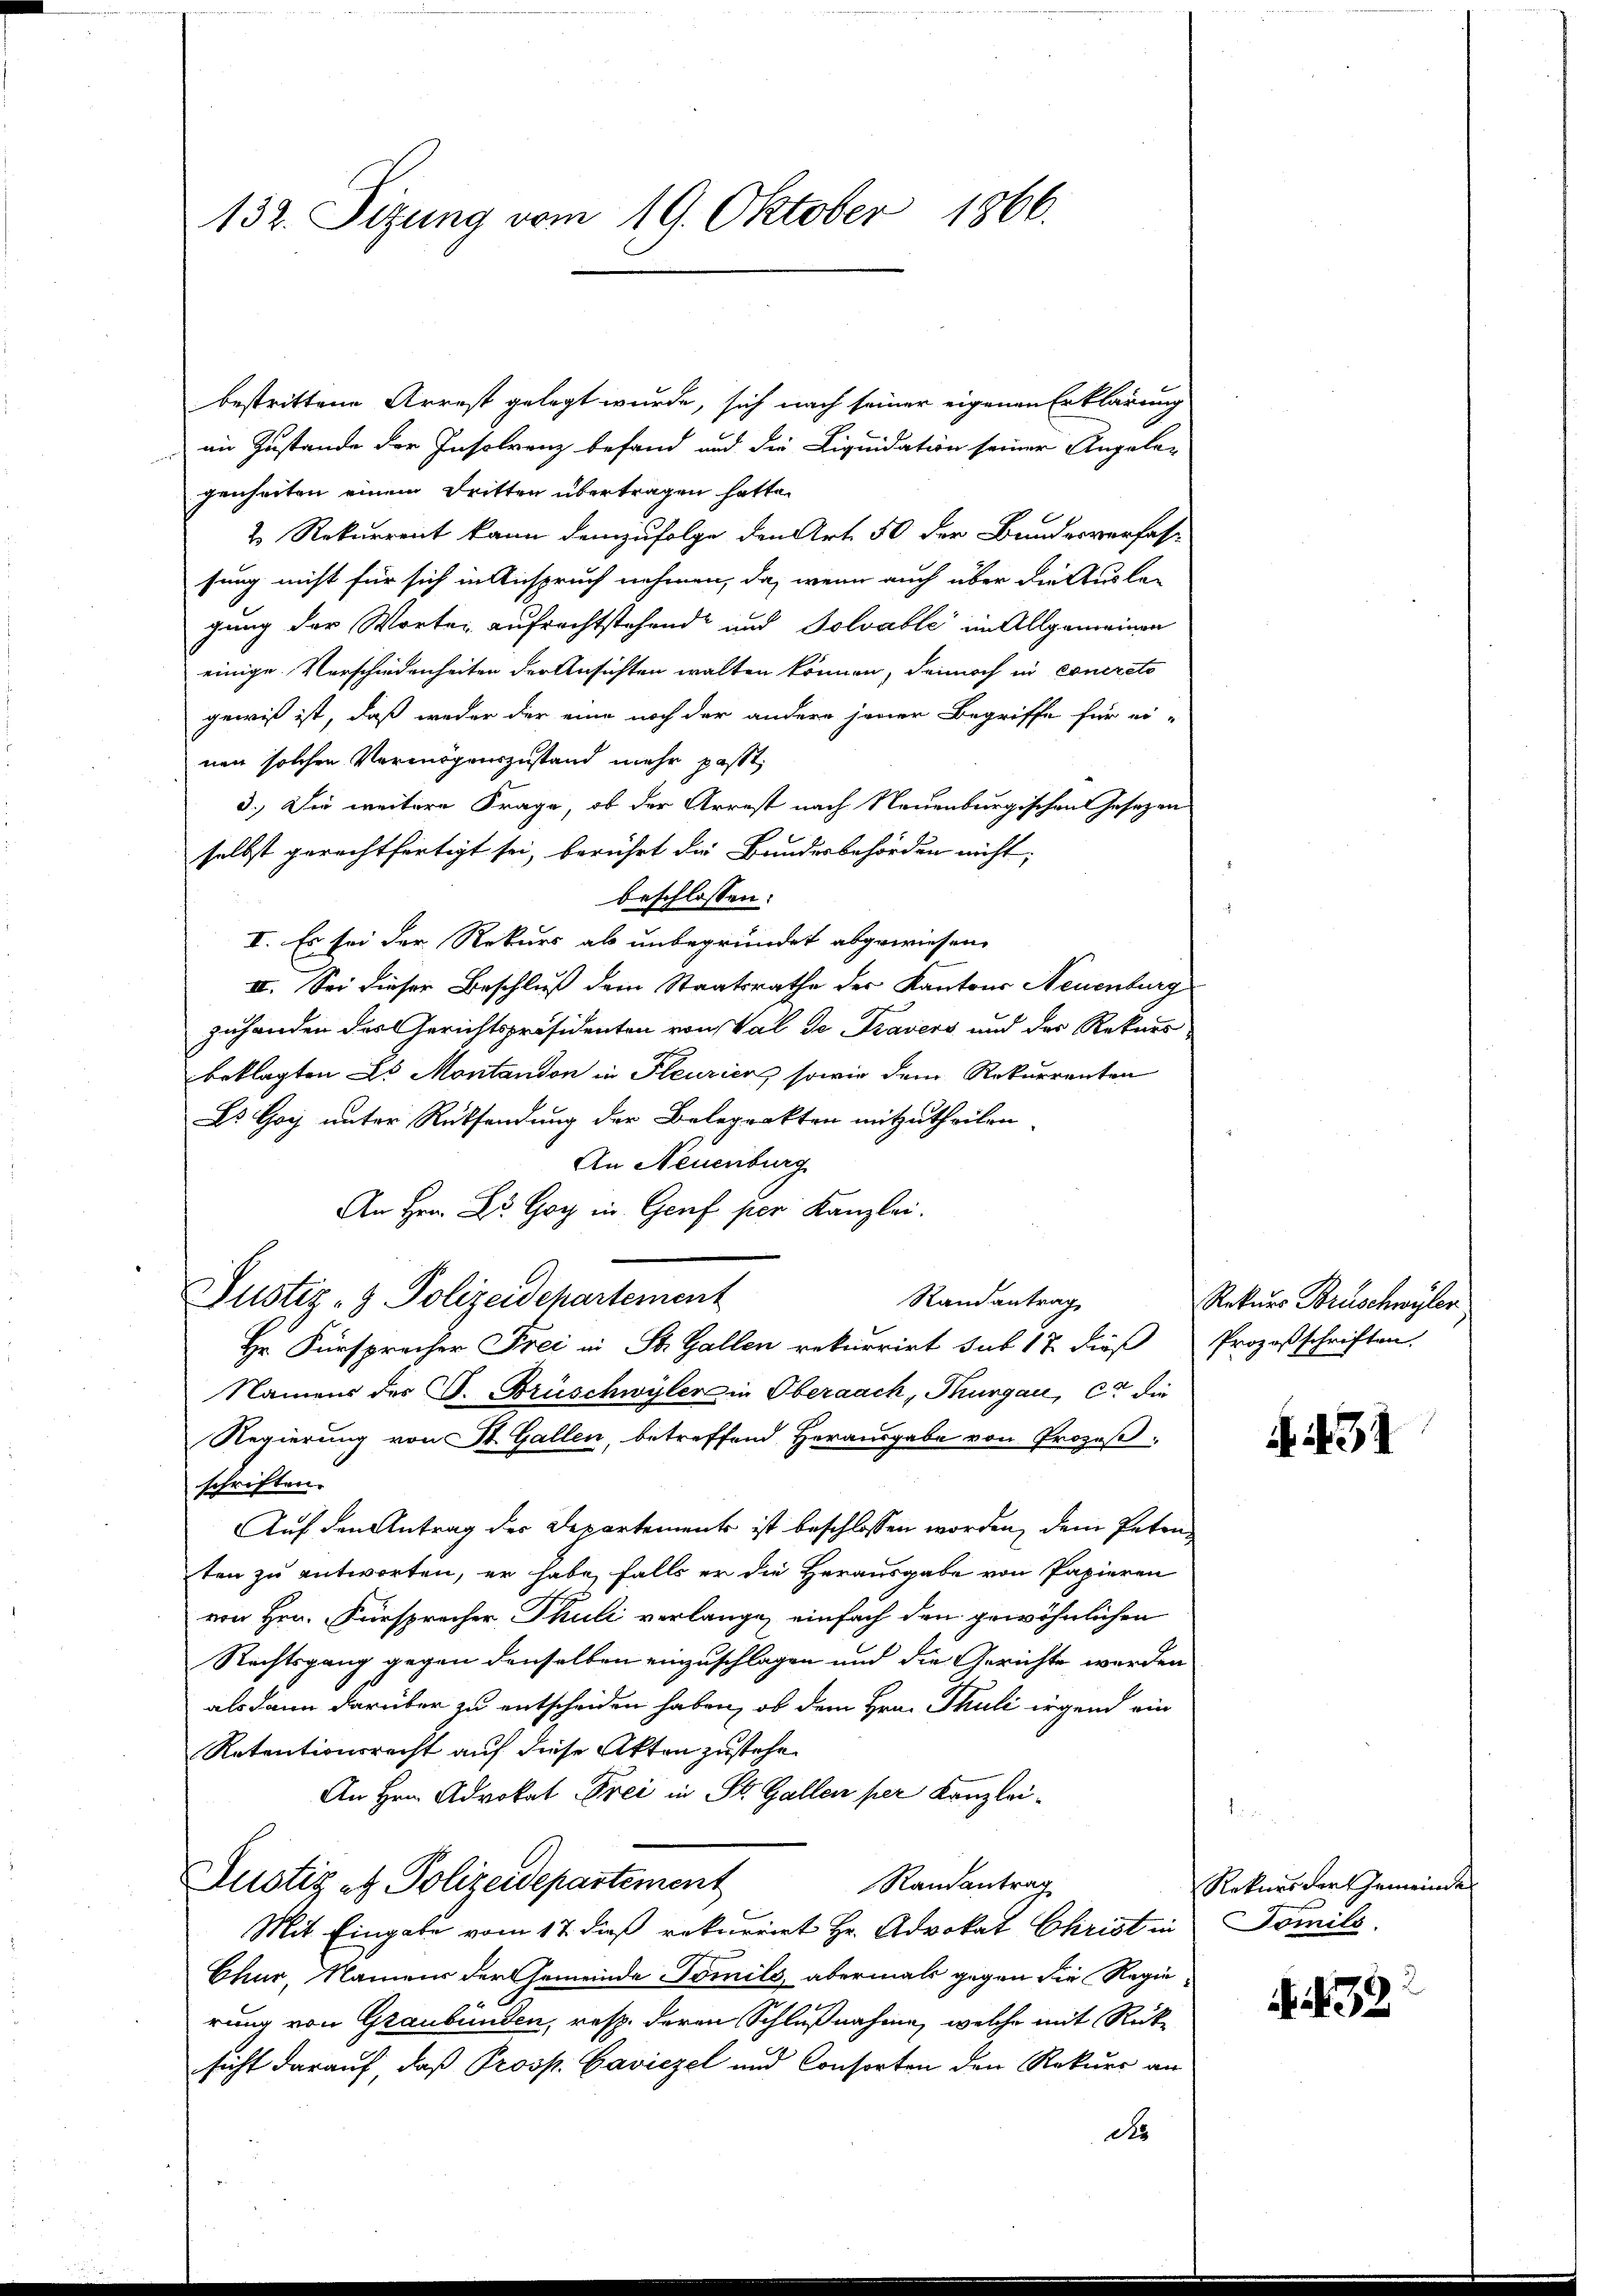
132. Sizung vom 19. Oktober 1866.

bestrittene Arrest gelegt wurde, sich nach seiner eigenen Erklärung
in Zustande der Insolrenz befand und die Liquidation seiner Angela-
genheiten einem Dritten übertragen hatte.
2 Rekurrent kann demzufolge den Art. 50 der Bundesverfas-
sung nicht für sich in Anspruch nehmen, da, wenn auch über die Ausla-
gung der Worter aufrechtstehende und Solvable im Allgemeinen
einige Vorschiedenheiten der Ansichten walten können, dennoch in concreto
gewiß ist, daß weder der eine noch der andere jener Begriffe für ei-
nen solchen Vermögenszustand mehr passt,
3.) Die weitere Frage, ob der Arrest nach Neuenburgischen Gesezen
selbst gerechtfertigt sei, berührt die Bundesbehörden nicht,
beschlossen:
I. Es sei der Rekurs ab unbegründet abgewiesen.
II. Sei dieser Beschluß dem Staatsrathe der Kantons Neuenburg
zuhanden der Gerichtspräsidenten von Val de Travers und der Rekurs
beklagten Es Montandon in Pleurier sowie dem Rekurrenten
Es Goy unter Rücksendung der Belegrakten mitzutheilen.
An Neuenburg
An Hrn. Dr. Goy in Genf per Kanzlei.
Justiz- & Polizeidchartement
Randantrag
Hr. Fürsprecher Frei in St. Gallen rekurrirt sub 17. dieß Prozesschriften.
Namens des C. Brüschwyler in Oberaach, Thurgau, ca die
Regierung von St. Gallen, betreffend Herausgabe von Prozeß-
schriften.
Auf den Antrag der Departements ist beschlossen worden, dem Peten
ten zu antworten, er habe, falls er die Herausgabe von Papieren
von Hrn. Fürsprecher Thuli verlange, einfach den gewöhnlichen
Rechtsgang gegen denselben einzuschlagen und die Gerichte werden
als dann darüber zu entscheiden haben, ob dem Hrn. Thuli irgend ein
Retentionsrecht auf diese Akten zustehe.
An Hrn. Advokat Frei in St. Gallen per Kanzlei¬
Justiz et Polizeidepartement
Randantrag
Mit Eingabe vom 17. dieß rekurrirt Hr. Advokat Christ in Tomilo.
Chur, Namens der Gemeinde Tomilo, abermals gegen die Regierung von Graubünden, resp. deren Schlußnahme, welche mit Rück-
sicht darauf, daß Prosp. Caviezel und Consorten den Rekurs an
do

Rekurs Brüschwyler

N 231

Rekurs dort Gemeinde

32